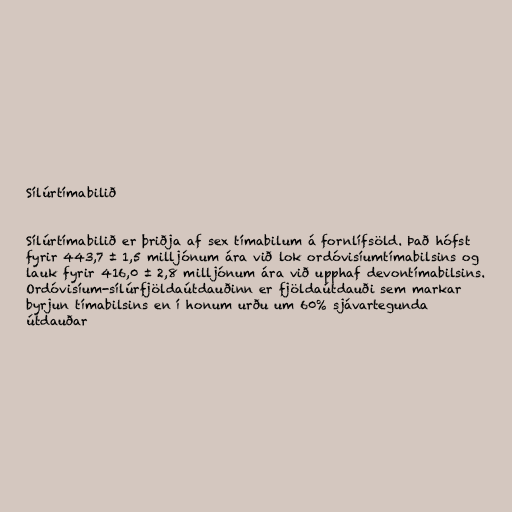
Sílúrtímabilið

Sílúrtímabilið er þriðja af sex tímabilum á fornlífsöld. Það hófst
fyrir 443,7 ± 1,5 milljónum ára við lok ordóvisíumtímabilsins og
lauk fyrir 416,0 ± 2,8 milljónum ára við upphaf devontímabilsins.
Ordóvisíum-sílúrfjöldaútdauðinn er fjöldaútdauði sem markar
byrjun tímabilsins en í honum urðu um 60% sjávartegunda
útdauðar